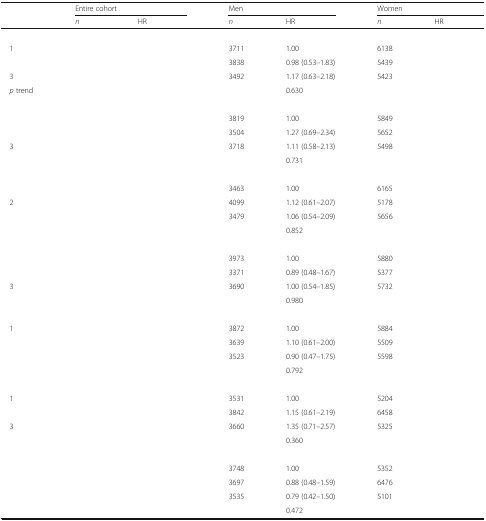
<table><thead><tr><td rowspan="2">[EMPTY_CELL]</td><td colspan="2"><b>Entire cohort</b></td><td colspan="2"><b>Men</b></td><td colspan="2"><b>Women</b></td></tr><tr><td><b><i>n</i></b></td><td><b>HR</b></td><td><b><i>n</i></b></td><td><b>HR</b></td><td><b><i>n</i></b></td><td><b>HR</b></td></tr></thead><tbody><tr><td colspan="7">[EMPTY_CELL]</td></tr><tr><td> 1</td><td>[EMPTY_CELL]</td><td>[EMPTY_CELL]</td><td>3711</td><td>1.00</td><td>6138</td><td>[EMPTY_CELL]</td></tr><tr><td>[EMPTY_CELL]</td><td>[EMPTY_CELL]</td><td>[EMPTY_CELL]</td><td>3838</td><td>0.98 (0.53–1.83)</td><td>5439</td><td>[EMPTY_CELL]</td></tr><tr><td> 3</td><td>[EMPTY_CELL]</td><td>[EMPTY_CELL]</td><td>3492</td><td>1.17 (0.63–2.18)</td><td>5423</td><td>[EMPTY_CELL]</td></tr><tr><td> <i>p</i> trend</td><td>[EMPTY_CELL]</td><td>[EMPTY_CELL]</td><td>[EMPTY_CELL]</td><td>0.630</td><td>[EMPTY_CELL]</td><td>[EMPTY_CELL]</td></tr><tr><td colspan="7">[EMPTY_CELL]</td></tr><tr><td>[EMPTY_CELL]</td><td>[EMPTY_CELL]</td><td>[EMPTY_CELL]</td><td>3819</td><td>1.00</td><td>5849</td><td>[EMPTY_CELL]</td></tr><tr><td>[EMPTY_CELL]</td><td>[EMPTY_CELL]</td><td>[EMPTY_CELL]</td><td>3504</td><td>1.27 (0.69–2.34)</td><td>5652</td><td>[EMPTY_CELL]</td></tr><tr><td> 3</td><td>[EMPTY_CELL]</td><td>[EMPTY_CELL]</td><td>3718</td><td>1.11 (0.58–2.13)</td><td>5498</td><td>[EMPTY_CELL]</td></tr><tr><td>[EMPTY_CELL]</td><td>[EMPTY_CELL]</td><td>[EMPTY_CELL]</td><td>[EMPTY_CELL]</td><td>0.731</td><td>[EMPTY_CELL]</td><td>[EMPTY_CELL]</td></tr><tr><td colspan="7">[EMPTY_CELL]</td></tr><tr><td>[EMPTY_CELL]</td><td>[EMPTY_CELL]</td><td>[EMPTY_CELL]</td><td>3463</td><td>1.00</td><td>6165</td><td>[EMPTY_CELL]</td></tr><tr><td> 2</td><td>[EMPTY_CELL]</td><td>[EMPTY_CELL]</td><td>4099</td><td>1.12 (0.61–2.07)</td><td>5178</td><td>[EMPTY_CELL]</td></tr><tr><td>[EMPTY_CELL]</td><td>[EMPTY_CELL]</td><td>[EMPTY_CELL]</td><td>3479</td><td>1.06 (0.54–2.09)</td><td>5656</td><td>[EMPTY_CELL]</td></tr><tr><td>[EMPTY_CELL]</td><td>[EMPTY_CELL]</td><td>[EMPTY_CELL]</td><td>[EMPTY_CELL]</td><td>0.852</td><td>[EMPTY_CELL]</td><td>[EMPTY_CELL]</td></tr><tr><td colspan="7">[EMPTY_CELL]</td></tr><tr><td>[EMPTY_CELL]</td><td>[EMPTY_CELL]</td><td>[EMPTY_CELL]</td><td>3973</td><td>1.00</td><td>5880</td><td>[EMPTY_CELL]</td></tr><tr><td>[EMPTY_CELL]</td><td>[EMPTY_CELL]</td><td>[EMPTY_CELL]</td><td>3371</td><td>0.89 (0.48–1.67)</td><td>5377</td><td>[EMPTY_CELL]</td></tr><tr><td> 3</td><td>[EMPTY_CELL]</td><td>[EMPTY_CELL]</td><td>3690</td><td>1.00 (0.54–1.85)</td><td>5732</td><td>[EMPTY_CELL]</td></tr><tr><td>[EMPTY_CELL]</td><td>[EMPTY_CELL]</td><td>[EMPTY_CELL]</td><td>[EMPTY_CELL]</td><td>0.980</td><td>[EMPTY_CELL]</td><td>[EMPTY_CELL]</td></tr><tr><td colspan="7">[EMPTY_CELL]</td></tr><tr><td> 1</td><td>[EMPTY_CELL]</td><td>[EMPTY_CELL]</td><td>3872</td><td>1.00</td><td>5884</td><td>[EMPTY_CELL]</td></tr><tr><td>[EMPTY_CELL]</td><td>[EMPTY_CELL]</td><td>[EMPTY_CELL]</td><td>3639</td><td>1.10 (0.61–2.00)</td><td>5509</td><td>[EMPTY_CELL]</td></tr><tr><td>[EMPTY_CELL]</td><td>[EMPTY_CELL]</td><td>[EMPTY_CELL]</td><td>3523</td><td>0.90 (0.47–1.75)</td><td>5598</td><td>[EMPTY_CELL]</td></tr><tr><td>[EMPTY_CELL]</td><td>[EMPTY_CELL]</td><td>[EMPTY_CELL]</td><td>[EMPTY_CELL]</td><td>0.792</td><td>[EMPTY_CELL]</td><td>[EMPTY_CELL]</td></tr><tr><td colspan="7">[EMPTY_CELL]</td></tr><tr><td> 1</td><td>[EMPTY_CELL]</td><td>[EMPTY_CELL]</td><td>3531</td><td>1.00</td><td>5204</td><td>[EMPTY_CELL]</td></tr><tr><td>[EMPTY_CELL]</td><td>[EMPTY_CELL]</td><td>[EMPTY_CELL]</td><td>3842</td><td>1.15 (0.61–2.19)</td><td>6458</td><td>[EMPTY_CELL]</td></tr><tr><td> 3</td><td>[EMPTY_CELL]</td><td>[EMPTY_CELL]</td><td>3660</td><td>1.35 (0.71–2.57)</td><td>5325</td><td>[EMPTY_CELL]</td></tr><tr><td>[EMPTY_CELL]</td><td>[EMPTY_CELL]</td><td>[EMPTY_CELL]</td><td>[EMPTY_CELL]</td><td>0.360</td><td>[EMPTY_CELL]</td><td>[EMPTY_CELL]</td></tr><tr><td colspan="7">[EMPTY_CELL]</td></tr><tr><td>[EMPTY_CELL]</td><td>[EMPTY_CELL]</td><td>[EMPTY_CELL]</td><td>3748</td><td>1.00</td><td>5352</td><td>[EMPTY_CELL]</td></tr><tr><td>[EMPTY_CELL]</td><td>[EMPTY_CELL]</td><td>[EMPTY_CELL]</td><td>3697</td><td>0.88 (0.48–1.59)</td><td>6476</td><td>[EMPTY_CELL]</td></tr><tr><td>[EMPTY_CELL]</td><td>[EMPTY_CELL]</td><td>[EMPTY_CELL]</td><td>3535</td><td>0.79 (0.42–1.50)</td><td>5101</td><td>[EMPTY_CELL]</td></tr><tr><td>[EMPTY_CELL]</td><td>[EMPTY_CELL]</td><td>[EMPTY_CELL]</td><td>[EMPTY_CELL]</td><td>0.472</td><td>[EMPTY_CELL]</td><td>[EMPTY_CELL]</td></tr></tbody></table>